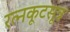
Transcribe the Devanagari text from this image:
रत्नकूटसूत्र